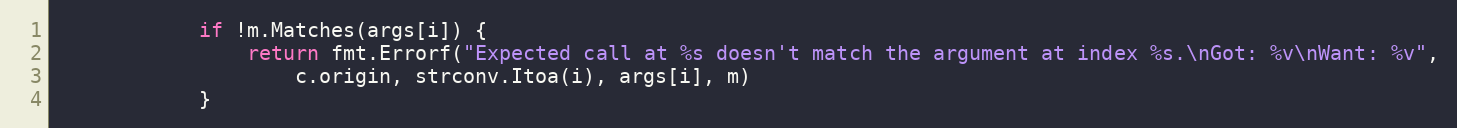
Language: Go
			if !m.Matches(args[i]) {
				return fmt.Errorf("Expected call at %s doesn't match the argument at index %s.\nGot: %v\nWant: %v",
					c.origin, strconv.Itoa(i), args[i], m)
			}